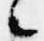
々